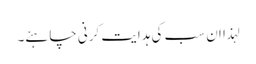
لہذا ان سب کی ہدایت کرنی چاہئے۔